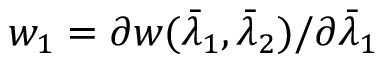
w _ { 1 } = \partial w ( \bar { \lambda } _ { 1 } , \bar { \lambda } _ { 2 } ) / \partial \bar { \lambda } _ { 1 }